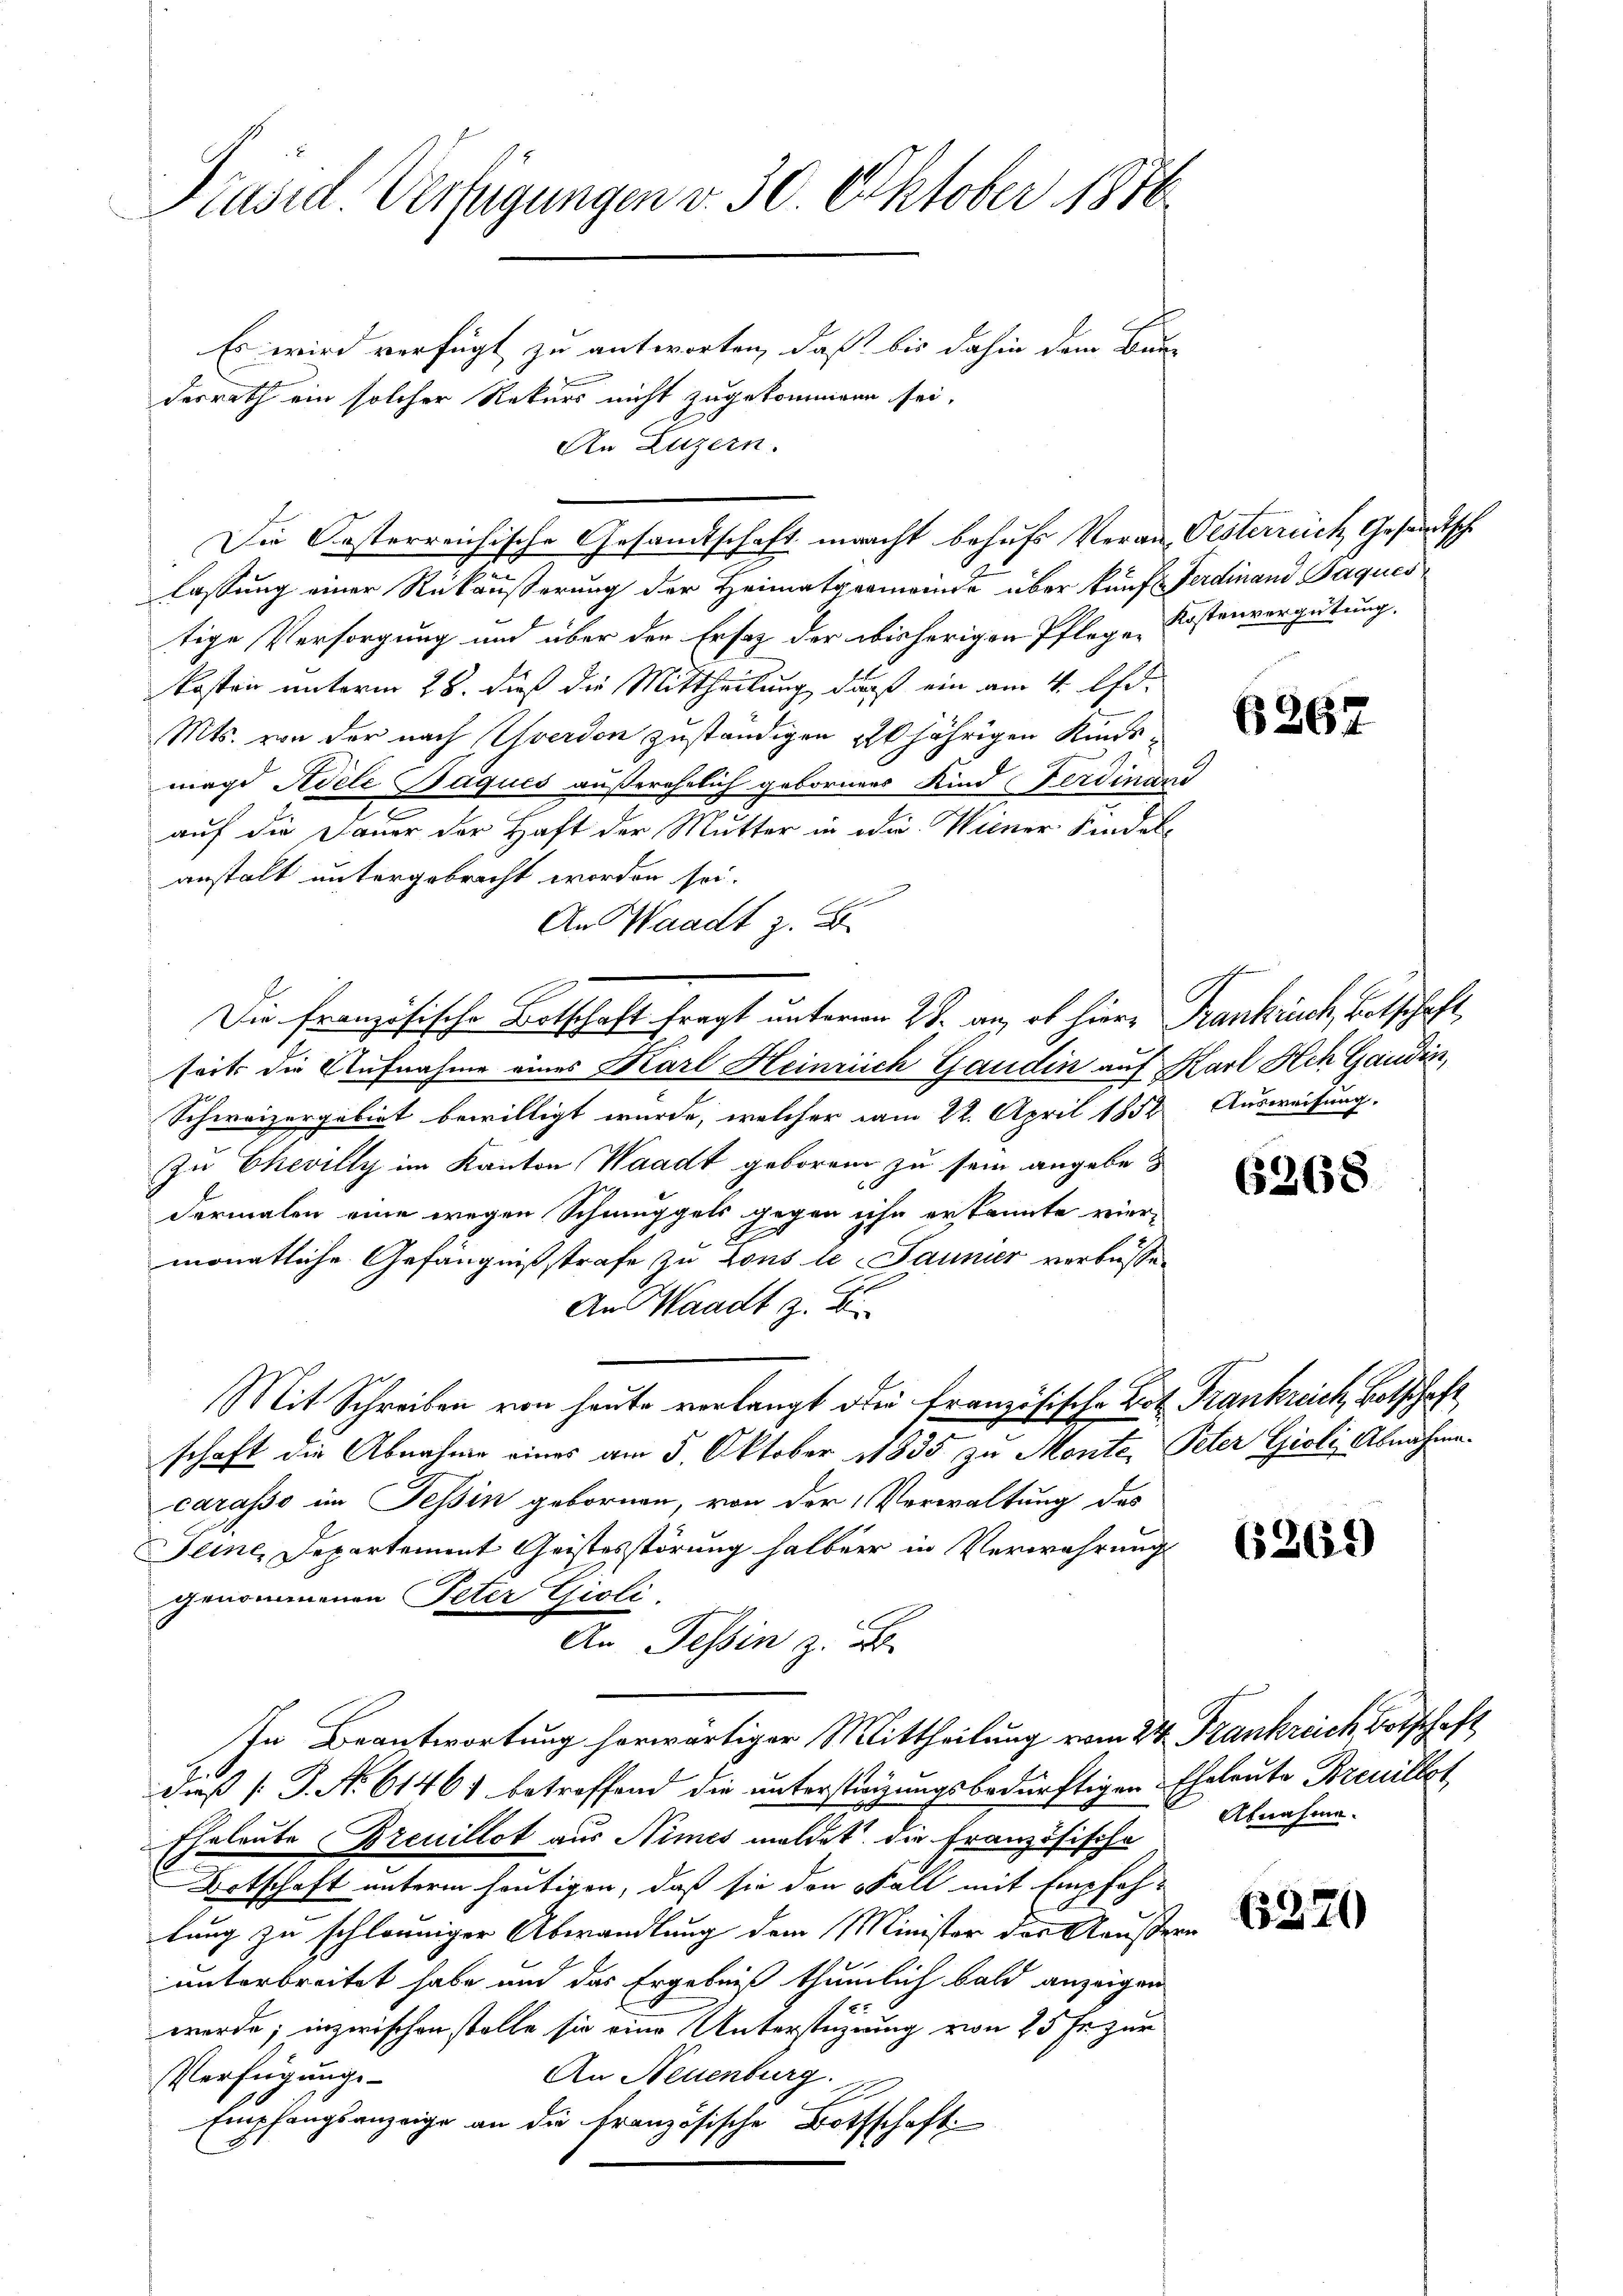
Präsid. Verfügungen v. 30. Oktober 1876

Die Oesterreichische Gesandtschaft macht behufs Veran. Oesterreich Gesandtsch

Es wird verfügt zu antworten, daß bis dahin dem Bun-
desrath ein solcher Rekurs nicht zugekommene sei,
An Luzern.

lassung einer Rückäußerung der Heimatgemeinde über künf Ferdinand Jaques
tige Versorgung und über den Ersez der bisherigen Pflege Kostenvergütung.
kosten unterm 28. dieß die Mittheilung, daß ein am 4. Ohr¬
Mts. von der nach verdon zuständigen jährigen Künsmage Adeli Bäqués außerehelich gebornens Kind Ferdinand
auf die Dauer der Haft der Mutter in die Weiner Kindel-
anstalt untergebracht worden sei.
An Waadt z. B.
Die französische Botschaft fragt unterm 28. an, ob hiere Frankrich, Botschaft,
seits die Aufnahme eines Karl Heinrich Gaudin auf Karl Ach Gaudin,
Schweizergebiet bewilligt wurde, welcher am 22. April 1852 Ausweisung.
Zu Chevilly im Kanton Waadt geboren zu sein angebe
dermalen eine wegen Schmuggels gegen ihn erkannte vier¬
8
monatliche Gefängnißstrafe zu tous le Jaunier verbüssen
An Waadt z. B
Mit Schreiben von heute verlangt die französische Art Frankreich, Botschaft
schaft die Abnahme eines am 5. Oktober 1835 zu Monte, Peter Gioli Abnahme.
carasso im Tessin gebornen, von der Verwaltung des
Seine, Departement Geistesstörung halben in Verwahrung
genommenen Peter Gioli
An Tessin z. B.
In Beantwortung herwärtiger Mittheilung vom 24. Frankreich Botschaft
dieß P. No 6146 betreffend die unterstrigungsbedürftigen Eheleute Breuillet
Eheleute Breuillat aus Nimes meldet die Französische
Botschaft unterm heutigen, daß sie den Fall mit Empfehlung zu schleuniger Abwandlung dem Minister der Aeußern
unterbreitet habe und das Ergebniß thümlich bald anzeigen
werde; inzwischen stelle sie eine Unterstüzung von 25 Fr. zur
An Neuenburg.
Verfügungs-
Empfangsanzeige an die Französische Bothschaft

6267

6368

6269)

Abnahme.

6270